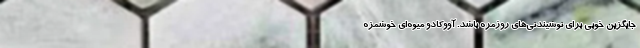
جایگزین خوبی برای نوشیندنی‌های روزمره باشد. آووکادو میوه‌ای خوشمزه